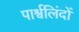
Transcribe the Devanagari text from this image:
पार्श्वलिंदों